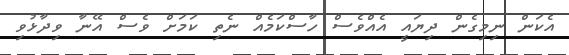
އެކަން ނިމިގެން ދިޔައީ އެއްވެސް ހާސްކަމެއް ނެތި ކަމަށް ވެސް އޭނާ ވިދާޅުވި